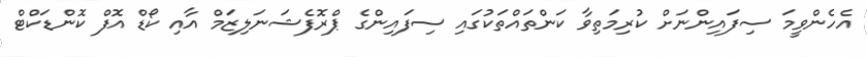
އެހެންވީމަ ސިފައިންނަށް ކުރިމަތިވާ ކަންތައްތަކުގައި ސިފައިންގެ ޕްރޮފެޝަނަލިޒަމް އާއި ކޯޑް އޮފް ކޮންޑަކްޓް